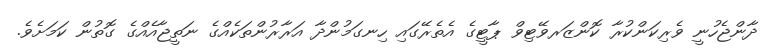
ދާންޖެހުނީ ވެރިކަންކުރާ ކޮންޒަރވޭޓިވް ޕާޓީގެ އެތެރޭގައި ހިނގަމުންދާ އަރާރުންތަކެއްގެ ނަތީޖާއެއްގެ ގޮތުން ކަމަށެވެ.